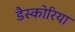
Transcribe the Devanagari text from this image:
डैस्कोरिया